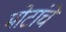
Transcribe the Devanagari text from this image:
मोटांचे